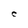
Character: C